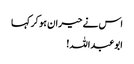
اس نے حیران ہو کر کہا
ابوعبداللہ!